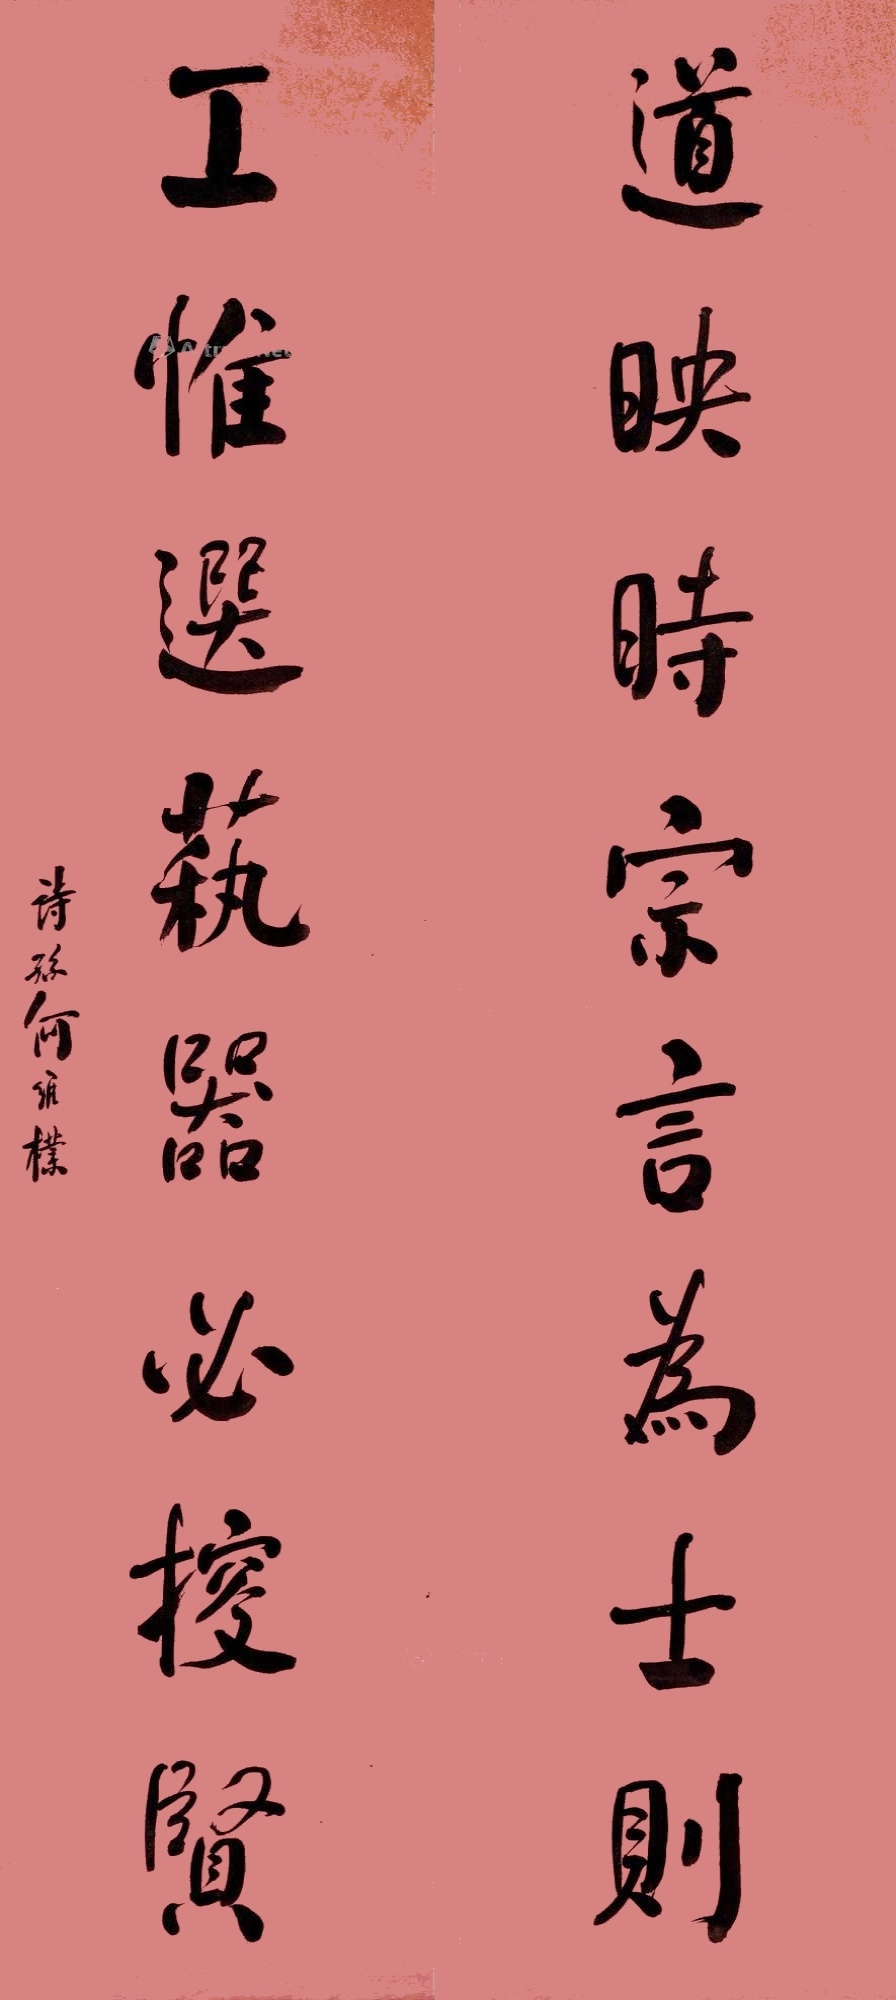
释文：道映时宗言为士则，工惟选艺器必搜贤。诗孙何维朴。